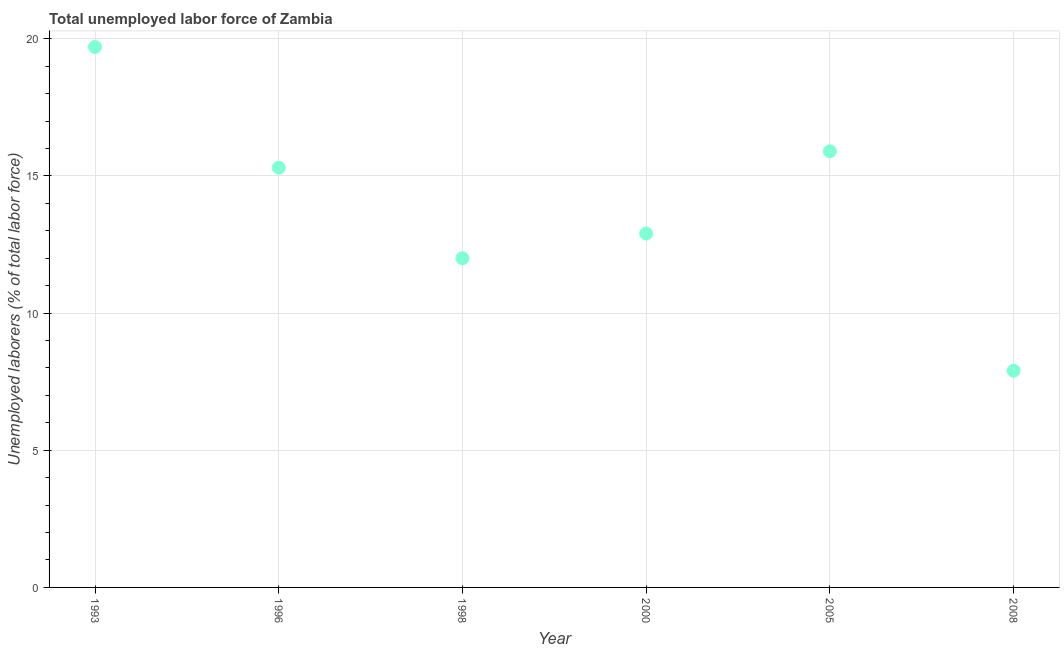
| Year | Unemployment total |
 | --- | --- |
 | 1993 | 19.7 |
 | 1996 | 15.3 |
 | 1998 | 12 |
 | 2000 | 12.9 |
 | 2005 | 15.9 |
 | 2008 | 7.9 |